Annual statistical returns and brief notes on vaccination in Bengal - 1909-1929
Year: 1909
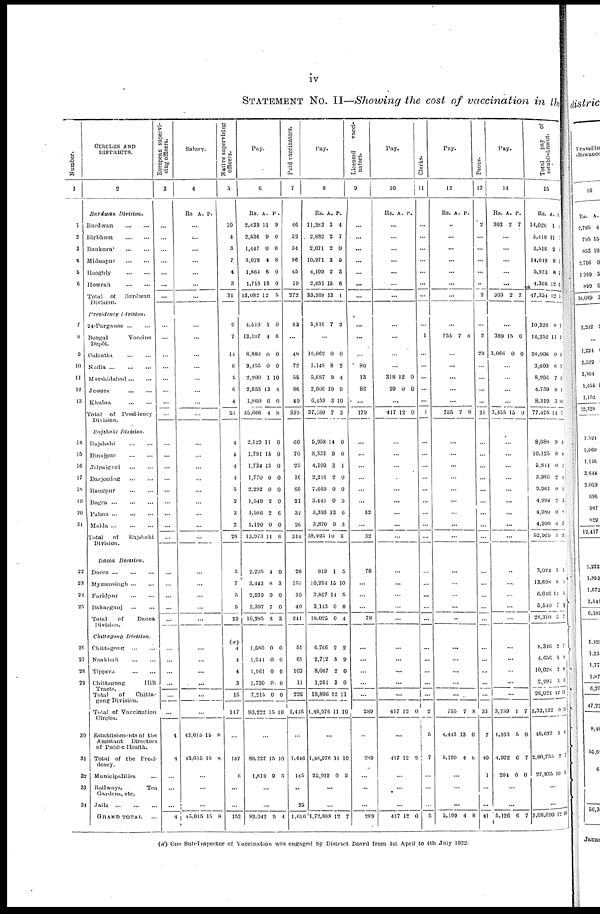
iv
STATEMENT No. II—Showing the cost of vaccination in the
Number.
1
1
2
3
4
5
6
7
8
9
10
11
12
13
14
15
16
17
18
19
20
21
22
23
24
25
26
27
28
20
30
31
32
33
34
CIRCLES AND
DISTRICTS.
2
Burdwan
Division.
Burdwan
...
...
Birbhum
...
...
Bankura
...
...
Midnapur
...
...
Hooghly
...
...
Howrah
...
...
Total of
Burdwan
Division.
Presidency
Division.
24-Parganas
...
...
Bengal
Vaccine
Depôt.
Calcutta
...
...
Nadia
...
...
...
Murshidabad
...
...
Jessore
...
...
Khulna
...
...
Total of Presidency
Division.
Rajshahi
Division.
Rajshahi
...
...
Dinajpur
...
...
Jalpaiguri
...
...
Darjeeling
...
...
Rangpur
...
...
Bogra
...
...
...
Pabna
...
...
...
Malda
...
...
...
Total
of
Rajshahi
Division.
Dacca
Divsion.
Dacca
...
...
...
Mymensingh
...
...
Faridpur
...
...
Bakarganj
...
...
Total
of
Dacca
Division.
Chittagong
Division.
Chittagong
...
...
Noakhali
...
...
Tippera
...
...
Chittagong
Hill
Tracts.
Total
of
Chitta-
gong Division.
Total of Vaccination
Circles.
Establishments of the
Assistant
Directors
of Public Health.
Total of the Presi-
dency.
Municipalities ...
Hallways.
Tea
Gardens, etc.
Jails
...
...
...
GRAND TOTAL ...
European supervi-
sing officers.
3
...
...
...
...
...
...
...
...
...
...
...
...
...
...
...
...
...
...
...
...
...
...
...
...
...
...
...
...
...
...
...
...
...
...
...
4
4
...
...
...
4
Salary.
4
Rs A. P.
...
...
...
...
...
...
...
...
...
...
...
...
...
...
...
...
...
...
...
...
...
...
...
...
...
...
...
...
...
...
...
...
...
...
...
43,015
13,015
15
15
8
8
...
...
...
43,015 15 8
Native supervising
officers.
5
10
4
3
7
4
3
31
9
7
14
6
5
6
4
51
4
4
4
4
5
2
3
2
28
5
7
5
5
22
(a)
4
4
4
3
15
147
...
147
6
...
...
153
Pay.
6
Rs.
2,439
2,536
1,447
3,078
1,864
1,716
13,082
A.
11
9
0
4
6
13
12
P.
9
0
0
8
0
0
5
4,510
13,107
8,880
2,455
2,200
2,653
1,860
35,666
2,129
1,791
1,734
1,770
2,292
1,540
1,586
1,120
13,973
1
4
0
0
1
13
0
4
11
15
13
0
0
2
2
0
11
0
6
0
0
10
4
0
8
0
0
0
0
0
0
6
0
6
2,205
3,443
2,239
2,397
10,285
1,580
1,944
1,961
1,730
7,215
80,222
4
8
0
7
3
0
0
0
0
0
15
0
3
0
0
3
0
0
0
0
0
10
...
80,222
1,819
15
9
10
6
...
...
82,042 9 4
Paid vaccinators.
7
46
32
34
96
45
19
272
83
...
48
72
55
86
49
383
60
70
29
16
60
21
32
26
314
20
151
30
40
241
51
61
103
11
226
1,446
...
1,446
145
...
25
1,616
Pay.
8
Rs.
11,283
2,882
2,071
10,971
4,109
2,651
33,968
A.
3
2
2
3
2
15
13
P.
4
7
0
5
3
6
1
5,816 7 2
...
16,062
1,148
5,687
2,006
6,459
37,180
0
8
9
10
3
7
0
2
4
9
10
3
5,958
8,333
4,109
2,216
7,669
3,445
3,393
3,870
38,995
14
9
3
2
0
0
13
0
10
0
0
1
0
0
5
6
3
3
819
10,254
3,807
3,143
18,025
6,766
2,712
8,067
1,261
18,806
1,46,976
1
15
14
0
0
2
5
2
3
12
11
5
10
5
8
4
2
9
0
0
11
10
...
1,46,976
25,912
11
0
10
9
...
...
1,72,888 12 7
Licensed
vacci-
nators.
9
...
...
...
...
...
...
...
...
...
...
80
13
86
...
179
...
...
...
...
...
...
32
...
32
78
...
...
...
78
...
...
...
...
...
289
...
289
...
...
...
289
Pay.
10
Rs. A. P.
...
...
...
...
...
...
...
...
...
...
...
318
99
12
0
0
0
...
417 12 0
...
...
...
...
...
...
...
...
...
...
...
...
...
...
...
...
...
...
...
417 12 0
...
417 12 0
...
...
...
417 12 0
Clerks.
11
...
...
...
...
...
...
...
...
1
...
...
...
...
...
1
...
...
...
...
...
...
...
...
...
...
...
...
...
...
...
...
...
...
...
2
5
7
...
...
...
5
Pay.
12
Rs. A. P.
...
...
...
...
...
...
...
...
755 7 8
...
...
...
...
...
755 7 8
...
...
...
...
...
...
...
...
...
...
...
...
...
...
...
...
...
...
...
755
4,443
5,199
7
13
4
8
0
8
...
...
...
5,199 4 8
Peons.
13
2
...
...
...
...
...
2
...
2
29
...
...
...
...
31
...
...
...
...
...
...
...
...
...
...
...
...
...
...
...
...
...
...
...
33
7
40
1
...
...
41
Pay.
14
Rs.
303
A.
2
P.
7
...
...
...
...
...
303 2 7
...
389
3,066
15
0
0
0
...
...
...
...
3,455 15 0
...
...
...
...
...
...
...
...
...
...
...
...
...
...
...
...
...
...
...
3,759
1,163
4,922
204
1
5
6
0
7
0
7
0
...
...
5,126 6 7
Total
pay of
establishment.
15
Rs.
11,026
5,418
3,518
14,019
5,973
4,368
47,354
A.
1
11
2
8
8
12
12
P.
1
1
1
1
1
0
1
10,326
14,252
28,008
3,603
8,206
4,759
8,310
77,475
8
11
0
8
7
8
3
14
1
1
0
1
1
1
0
7
8,088
10,125
5,844
3,986
9,961
4,994
4,980
4,990
52,969
9
8
0
2
0
2
0
0
5
0
0
1
1
0
1
2
3
9
3,024
13,698
6,046
5,540
28,310
8,346
4,656
10,028
2,991
26,021
2,32,132
48,623
2,80,755
27,935
5
8
14
7
3
2
5
2
3
12
0
1
2
10
5
1
5
0
7
2
9
0
0
11
11
8
7
3
...
...
3,08,690 12 10
(a) One Sub-Inspector of Vaccination was engaged by District Board from 1st April to 4th July 1922.